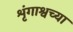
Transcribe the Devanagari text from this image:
शृंगाश्वच्या